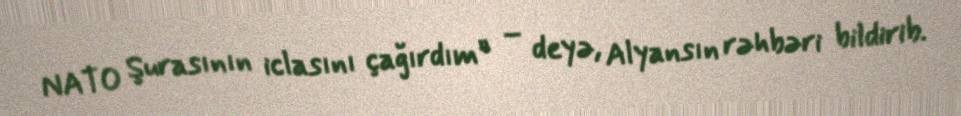
NATO Şurasının iclasını çağırdım” – deyə, Alyansın rəhbəri bildirib.